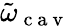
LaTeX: \tilde{\omega}_{\mathrm{~c~a~v~}}